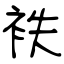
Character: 袟